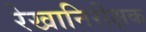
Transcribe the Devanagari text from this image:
रेखानिरीक्षक